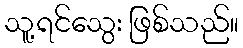
သူ့ရင်သွေး ဖြစ်သည်။